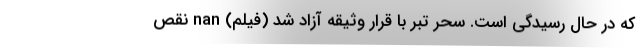
که در حال رسیدگی است. سحر تبر با قرار وثیقه آزاد شد (فیلم) nan نقص